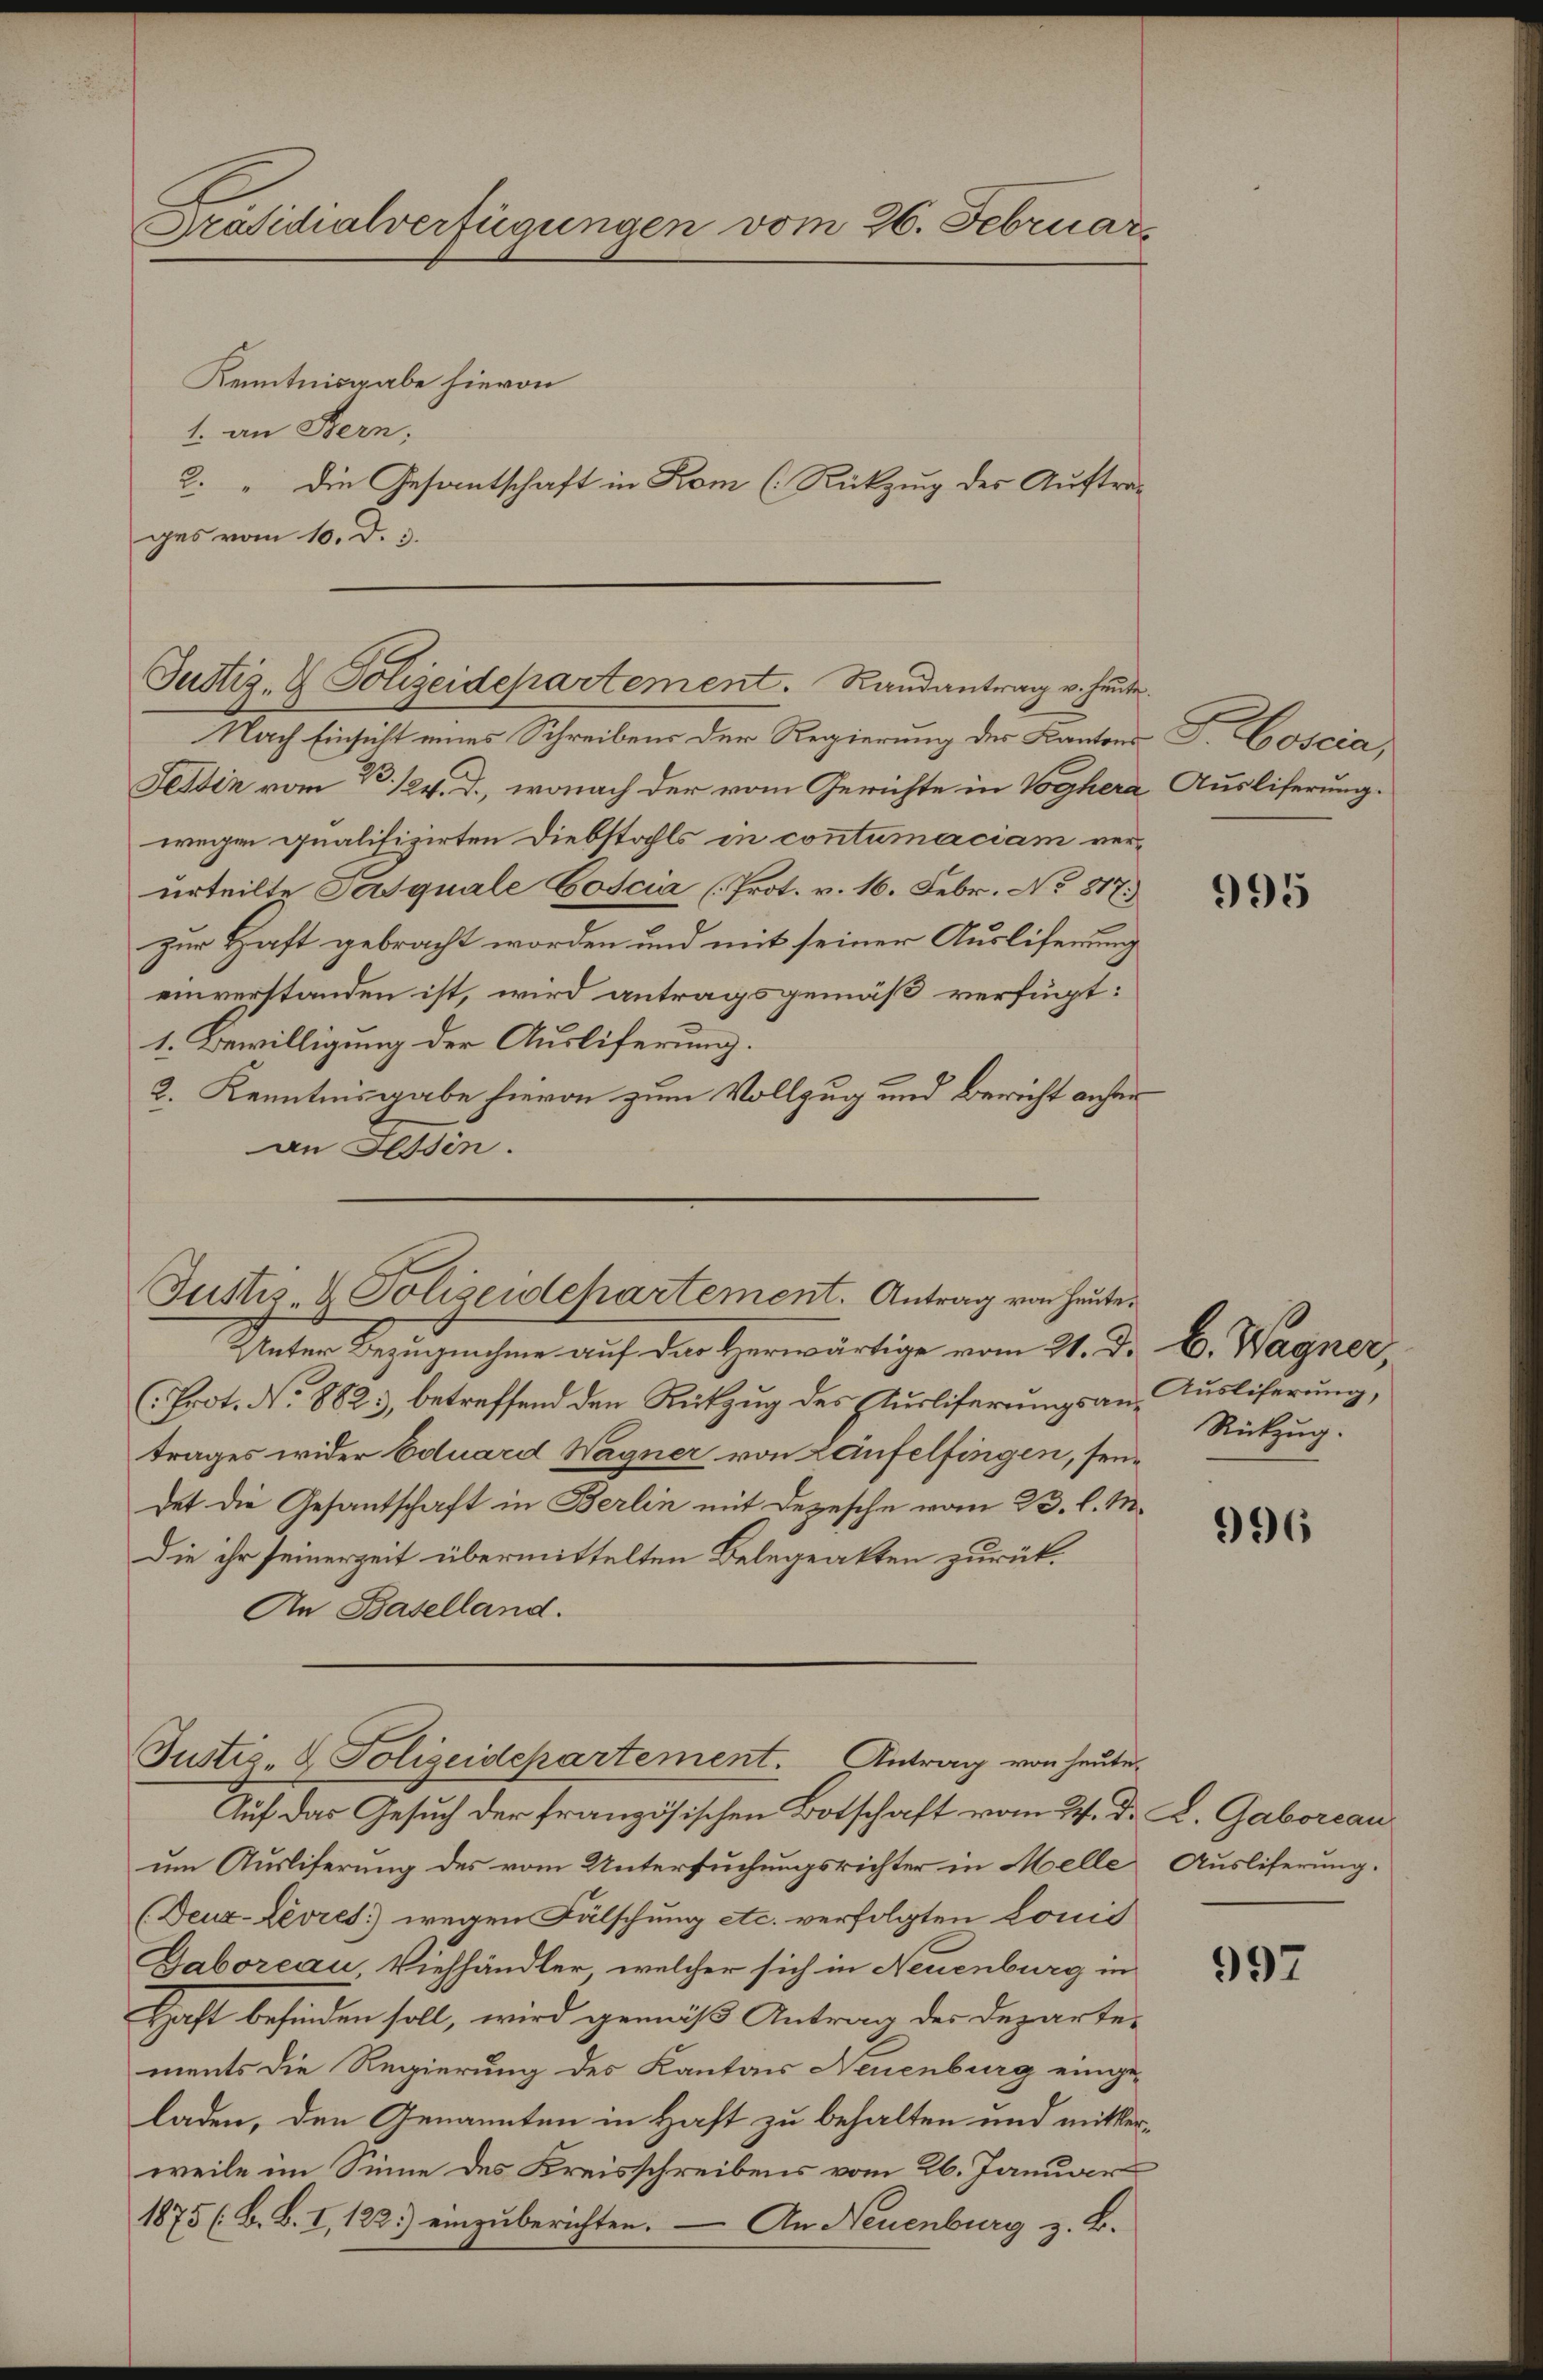
Präsidialverfügungen vom 26. Februars
Kenntnisgabe hievon
1. an Bern;
2. " Die Gesantschaft in Kom (Rükzung des Auftrages vom 10. d. 3.

Justiz- & Polizeidepartement. Randantrag v. heute

Nach Einsicht eines Schreibens der Regierung des Kantons
Fettin vom 23. 124. J., wonach der vom Gerichte in Voghera
wegen qualifizirten Diebstahls in contumaciam verurteilte Persquale Coscia (Prot. v. 16. Febr. No 817.)
zur Haft gebracht worden und mit seiner Ausliferung
einverstanden ist, wird antragsgemäß verfügt:
1. Bewilligung der Ausliferung.
2. Kenntnisgabe hievon zum Vollzug und Bericht anher
an Tessin.
Justiz- & Polizeidepartement. Antrag von heute.
Unter Bezugnahme auf das Herwärtige vom 21. Dr. B. Wagner
(Prot. No 8823, betreffend den Rükzug des Flurliferungsan. Ausliferung,
trages wider Eduard Wagner von Laufelfingen, seidet die Gesantschaft in Berlin mit Depesche vom 23. l. M.
Die ihr seinerzeit übermittelten Belegeakten zurück.
An Baselland.

Justiz- & Polizeidepartement. Antrag von heute

Auf das Gesuch der französischen Botschaft vom 24. d. L. Gaborcau
um Ausliferung des vom Untersuchungsrichter in Melle Ausliferung.
(Deuz-Livres) wegen Fälschung etc. verfolgten Louis
Baboreau, Viehhändler, welcher sich in Neuenburg in
Haft befinden soll, wird gemäß Antrag des Departe-
ments die Regierung des Kantons Neuenburg eingeladen, den Genannten in Haft zu behalten und mitterweile im Sinne des Kreisschreibens vom 26. Januar
1875 (B. B. I, 122) einzuberichten. — An Neuenburg z. B.

Hoscia
Ausliferung.

995

Rückzug.

996

997